Medical and sanitary report of the native army of Madras for the year
Year: 1875
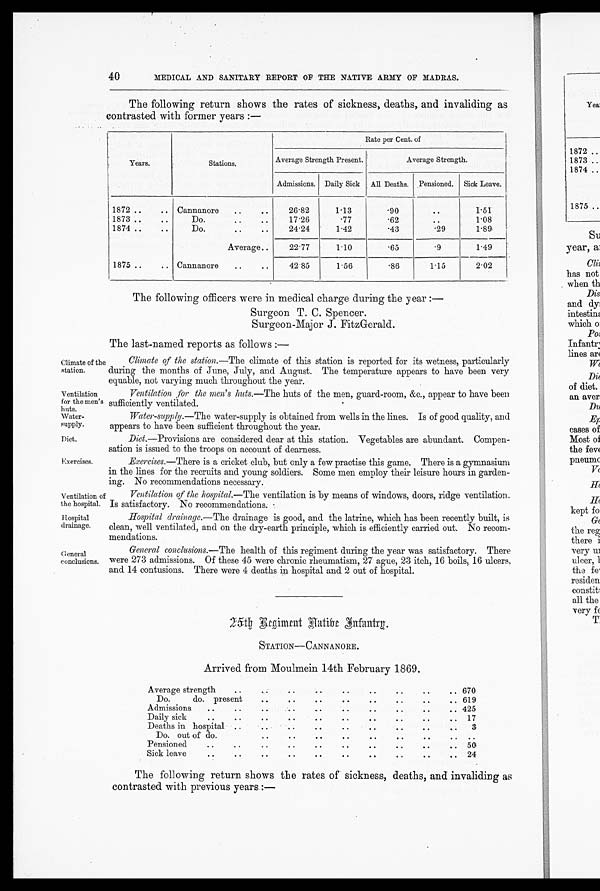
40
MEDICAL AND SANITARY REPORT OF THE NATIVE ARMY OF MADRAS.
The following return shows the rates of sickness, deaths, and invaliding as
contrasted with former years :—
Years.
Stations.
Rate per Cent. of
Average Strength Present.
Average Strength.
Admissions. Daily Sick All Deaths. Pensioned. Sick Leave.
1872 ..
.. Cannanore
..
..
26.82
1.13
.90
..
1.51
1873 ..
..
Do.
.. ..
17.26
.77
.62
..
1.08
1874 ..
..
Do.
.. ..
24.24
1.42
.43
. 2 9 1.89
Average..
22.77
1.10
.65
. 9 1.49
1875 ..
.. Cannanore
..
..
42.85
1.56
.86
1.15
2.02
Climate of the
station.
Ventilation
for the men's
huts.
Water-
suppl y.
Diet.
Exercises.
Ventilation of
the hospital.
Hospital
drainage.
General
conclusions.
The following officers were in medical charge during the year :
—
Surgeon T. C. Spencer.
Surgeon-Major J. FitzGerald.
The last-named reports as follows : —
Climate of the station. —The climate of this station is reported for its wetness, particularly
during the months of June, July, and August. The temperature appears to have been very
equable, not varying much throughout the year.
Ventilation for the men's huts. —The huts of the men, guard-room, &c., appear to have been
sufficiently ventilated.
Water-supply. —The water-supply is obtained from wells in the lines. Is of good quality, and
appears to have been sufficient throughout the year.
Diet. —Provisions are considered dear at this station. Vegetables are abundant. Compen-
sation is issued to the troops on account of dearness.
Exercises. —There is a cricket club, but only a few practise this game. There is a gymnasium
in the lines for the recruits and young soldiers. Some men employ their leisure hours in garden-
ing. No recommendations necessary.
Ventilation of the hospital. —The ventilation is by means of windows, doors, ridge ventilation.
Is satisfactory. No recommendations.
Hospital drainage. —The drainage is good, and the latrine, which has been recently built, is
clean, well ventilated, and on the dry-earth principle, which is efficiently carried out. No recom-
mendations.
General conclusions. —The health of this regiment during the year was satisfactory. There
were 273 admissions. Of these 45 were chronic rheumatism, 27 ague, 23 itch, 16 boils, 16 ulcers,
and 14 contusions. There were 4 deaths in hospital and 2 out of hospital.
25th Regiment N ative Infantry.
STATION—CANNANORE.
Arrived from Moulmein 14th February 1869.
Average strength
..
..
• •
..
..
..
• a
670
Do.
do. present
..
..
.. ..
..
..
.. . . 619
Admissions
..
..
..
..
.. ..
..
.. . . 425
Daily sick
..
..
..
..
..
.. ..
. . 17
Deaths in hospital ..
..
.. ..
. .
..
..
3
Do. out of do.
• . . . .
. .
g o e
• . .
. .
. .
Pensioned
..
..
. . ..
..
•
50
..
Sick leave
..
.. ..
.. ..
..
.
..
. . . .
24
The following return shows the rates of sickness, deaths, and invaliding as
contrasted with previous years :—